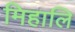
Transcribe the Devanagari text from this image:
मिहालि